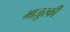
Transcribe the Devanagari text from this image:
माज़ुर्स्की